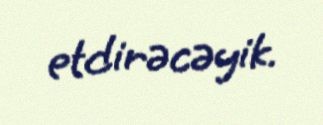
etdirəcəyik.